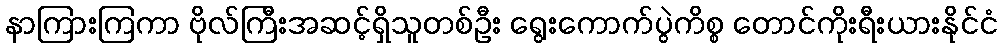
နာကြားကြကာ ဗိုလ်ကြီးအဆင့်ရှိသူတစ်ဦး ရွေးကောက်ပွဲကိစ္စ တောင်ကိုးရီးယားနိုင်ငံ